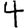
Digit: 4